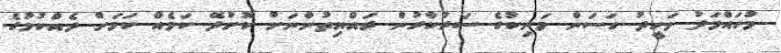
މުހައްމަދު ވަހީދު ހަސަން މަނިކުގެ ސަރުކާރުން ރައްޔިތުންނަށް ކޮށްދޭ ކަމެއް ކަމަށް ދެއްކުމުގެ